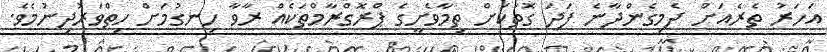
އަހަރު ތެރެއަށް ދެމިގެންދާނެ ފަދަ ގޮތަކަށް ތިމާވެށީގެ ޕްރޮގްރާމްތަކެއް ރާވާ ހިނގުމަށް ހިތްވަރުދިނުމެވެ.